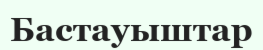
Бастауыштар